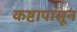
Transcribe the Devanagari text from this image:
कष्टापासून